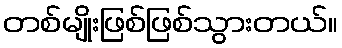
တစ်မျိုးဖြစ်ဖြစ်သွားတယ်။